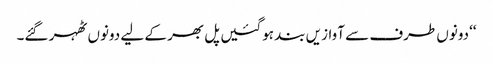
‘‘دونوں طرف سے آوازیں بند ہوگئیں پل بھر کے لیے دونوں ٹھہر گئے۔